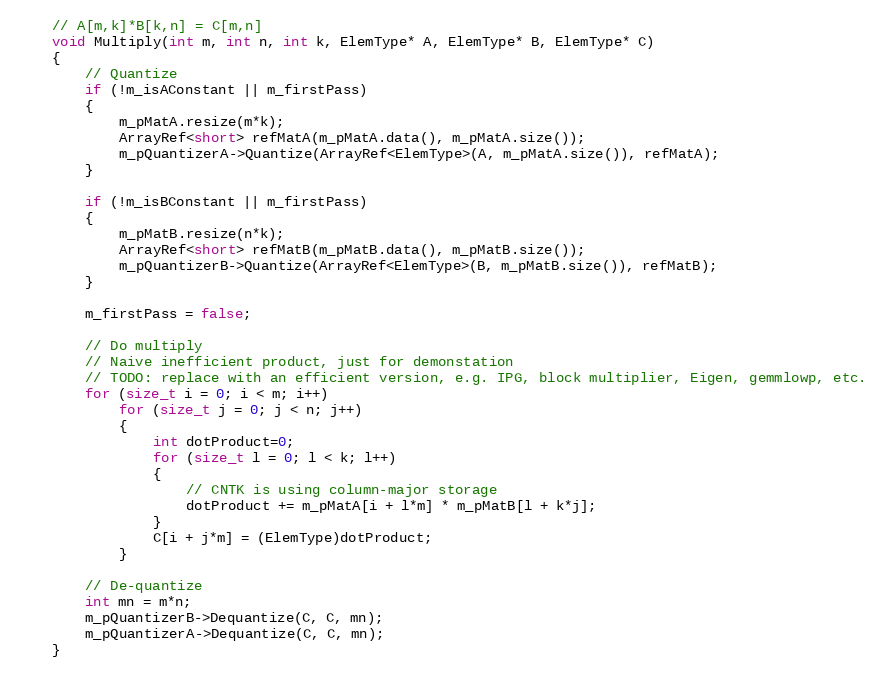
Language: C
    // A[m,k]*B[k,n] = C[m,n]
    void Multiply(int m, int n, int k, ElemType* A, ElemType* B, ElemType* C)
    {
        // Quantize
        if (!m_isAConstant || m_firstPass)
        {
            m_pMatA.resize(m*k);
            ArrayRef<short> refMatA(m_pMatA.data(), m_pMatA.size());
            m_pQuantizerA->Quantize(ArrayRef<ElemType>(A, m_pMatA.size()), refMatA);
        }

        if (!m_isBConstant || m_firstPass)
        {
            m_pMatB.resize(n*k);
            ArrayRef<short> refMatB(m_pMatB.data(), m_pMatB.size());
            m_pQuantizerB->Quantize(ArrayRef<ElemType>(B, m_pMatB.size()), refMatB);
        }

        m_firstPass = false;

        // Do multiply
        // Naive inefficient product, just for demonstation
        // TODO: replace with an efficient version, e.g. IPG, block multiplier, Eigen, gemmlowp, etc.
        for (size_t i = 0; i < m; i++)
            for (size_t j = 0; j < n; j++)
            {
                int dotProduct=0;
                for (size_t l = 0; l < k; l++)
                {
                    // CNTK is using column-major storage
                    dotProduct += m_pMatA[i + l*m] * m_pMatB[l + k*j];
                }
                C[i + j*m] = (ElemType)dotProduct;
            }

        // De-quantize
        int mn = m*n;
        m_pQuantizerB->Dequantize(C, C, mn);
        m_pQuantizerA->Dequantize(C, C, mn);
    }